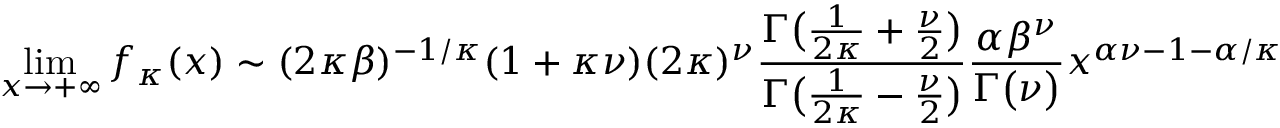
\operatorname* { l i m } _ { x \to + \infty } f _ { \kappa } ( x ) \sim ( 2 \kappa \beta ) ^ { - 1 / \kappa } ( 1 + \kappa \nu ) ( 2 \kappa ) ^ { \nu } { \frac { \Gamma { \big ( } { \frac { 1 } { 2 \kappa } } + { \frac { \nu } { 2 } } { \big ) } } { \Gamma { \big ( } { \frac { 1 } { 2 \kappa } } - { \frac { \nu } { 2 } } { \big ) } } } { \frac { \alpha \beta ^ { \nu } } { \Gamma { \big ( } \nu { \big ) } } } x ^ { \alpha \nu - 1 - \alpha / \kappa }